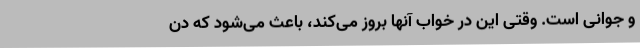
و جوانی است. وقتی این در خواب آنها بروز می‌کند، باعث می‌شود که دن